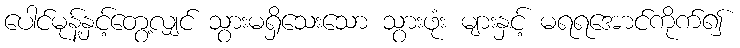
ပေါင်မုန့်နှင့်တွေ့လျှင် သွားမရှိသေးသော သွားဖုံး များနှင့် မရရအောင်ကိုက်၍